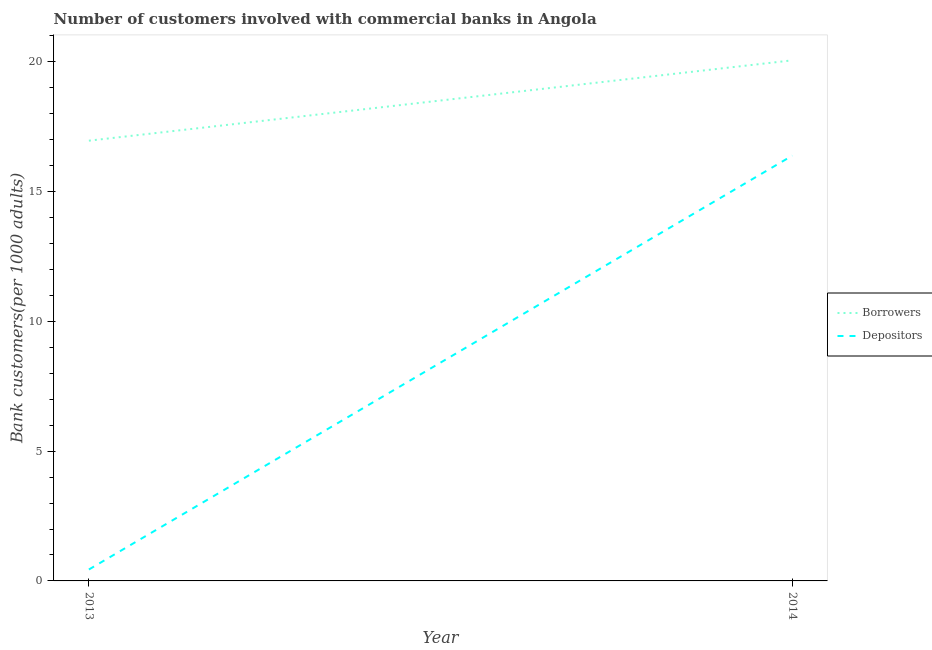
| Year | Borrowers | Depositors |
 | --- | --- | --- |
 | 2013 | 17 | 0.439 |
 | 2014 | 20.1 | 16.4 |